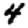
Digit: 4